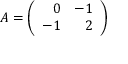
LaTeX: A = \left( \begin{array} { r r } { { 0 } } & { { - 1 } } \\ { { - 1 } } & { { 2 } } \end{array} \right)